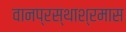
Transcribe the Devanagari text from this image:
वानप्रस्थाश्रमास